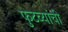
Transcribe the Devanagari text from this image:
फुटव्यांची